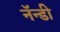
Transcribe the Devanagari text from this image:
नॅन्डी